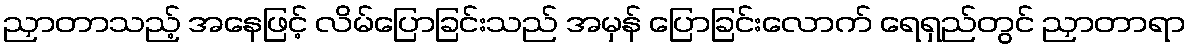
ညှာတာသည့် အနေဖြင့် လိမ်ပြောခြင်းသည် အမှန် ပြောခြင်းလောက် ရေရှည်တွင် ညှာတာရာ